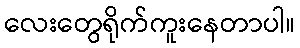
လေးတွေရိုက်ကူးနေတာပါ။